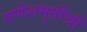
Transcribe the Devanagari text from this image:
गणेशमुर्तीची